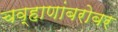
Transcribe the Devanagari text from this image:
चव्हाणांबरोबर